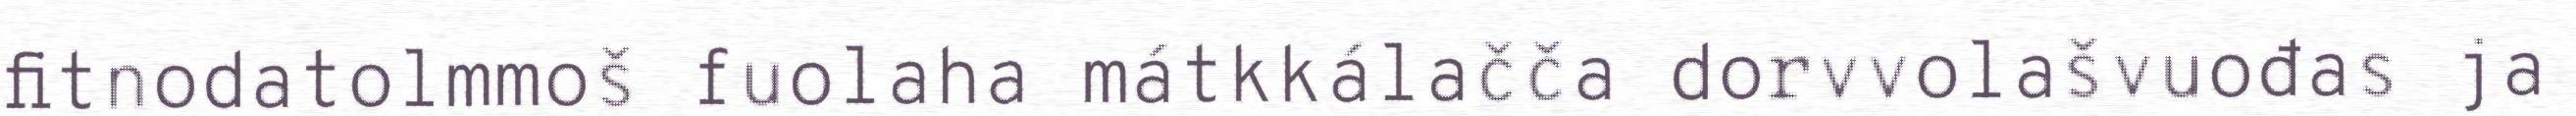
fitnodatolmmoš fuolaha mátkkálačča dorvvolašvuođas ja